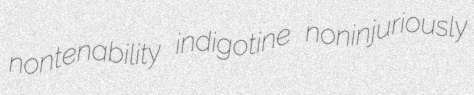
nontenability indigotine noninjuriously